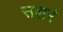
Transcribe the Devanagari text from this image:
सशरं